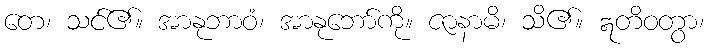
တေ၊ သင်၏။ အာနုဘာဝံ၊ အာနုဘော်ကို။ ဇာနာမိ၊ သိ၏။ ဣတိဝတွာ၊